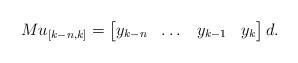
LaTeX: \begin{align*}M u_{[k-n,k]}=\begin{bmatrix}y_{k-n}&\dots&y_{k-1}&y_k\end{bmatrix} d.\end{align*}